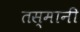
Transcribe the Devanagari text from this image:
तस्मानी